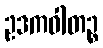
ဥဒကဝါတဉ္စ